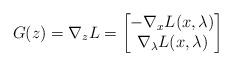
LaTeX: \begin{align*}G(z)=\nabla_z L=\begin{bmatrix}-\nabla_x L(x,\lambda)\\\nabla_\lambda L(x,\lambda)\end{bmatrix} \end{align*}